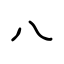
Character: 八